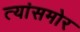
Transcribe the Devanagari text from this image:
त्यांसमोर